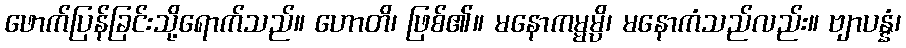
ဖောက်ပြန်ခြင်းသို့ရောက်သည်။ ဟောတိ၊ ဖြစ်၏။ မနောကမ္မမ္ပိ၊ မနောကံသည်လည်း။ ဗျာပန္နံ၊